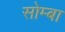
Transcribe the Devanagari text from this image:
सोम्बा